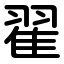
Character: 翟